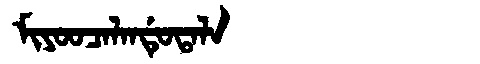
Manchu: ᠮᡳᠶᠣᠣᠴᠠᠯᠠᠨᡩᡠᡨᠠᠯᠠ
Romanization: MIYOOCALANDUTALA